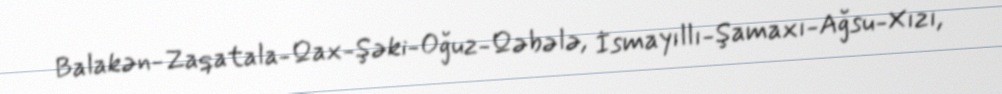
Balakən-Zaqatala-Qax-Şəki-Oğuz-Qəbələ, İsmayıllı-Şamaxı-Ağsu-Xızı,